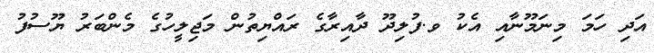
އަދި ހަމަ މިނަމޫނާއި އެކު ވ.ފުލިދޫ ދާއިރާގެ ރައްޔިތުން މަޖިލީހުގެ މެންބަރު ޔޫސުފު